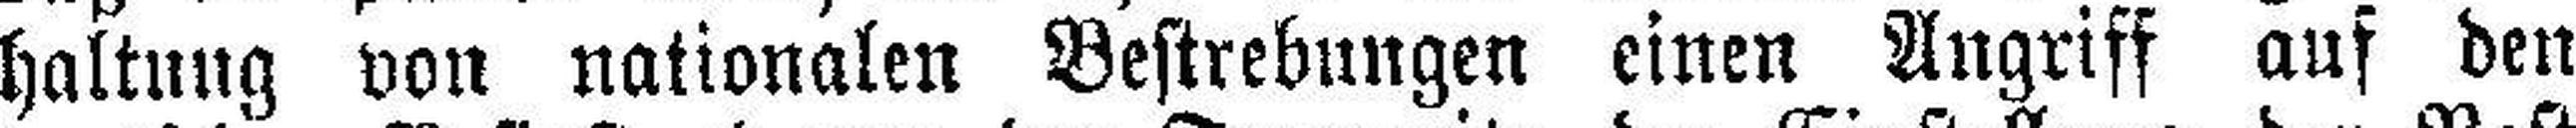
haltung von nationalen Bestrebungen einen Angriff auf den